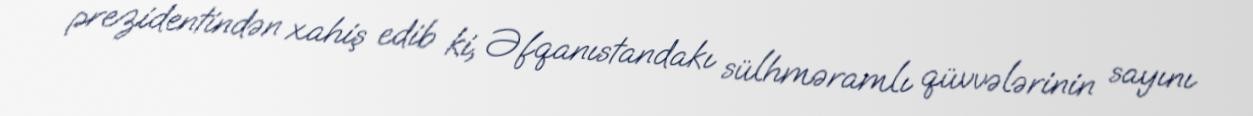
prezidentindən xahiş edib ki, Əfqanıstandakı sülhməramlı qüvvələrinin sayını